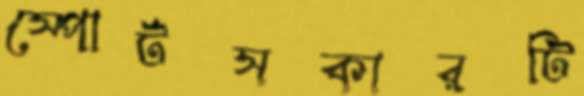
স্পোর্টসকারটি